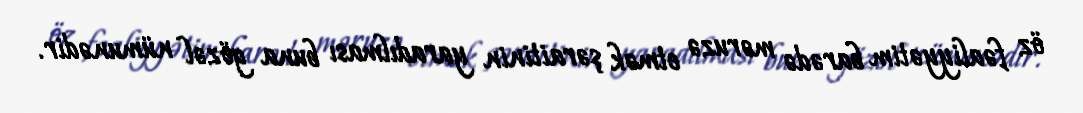
öz fəaliyyətim barədə məruzə etmək şəraitinin yaradılması buna gözəl nümunədir.